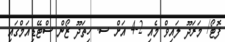
ފޮޓޯ/ މަރަދޫ ލައިވް މެއި 2-4 އަށް ސ. ހިތަދޫ ޒޯން ސްޓޭޑިއަމްގައި